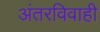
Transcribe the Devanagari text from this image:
अंतरविवाही